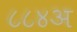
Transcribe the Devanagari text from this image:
८८४अ